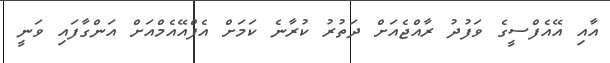
އާއި އޭއެފްސީގެ ވަފުދު ރާއްޖެއަށް ދަތުރު ކުރާނެ ކަމަށް އެފްއޭއެމްއަށް އަންގާފައި ވަނީ